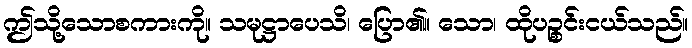
ဤသို့သောစကားကို။ သမုဋ္ဌာပေသိ၊ ပြော၏။ သော၊ ထိုပဉ္စင်းငယ်သည်။